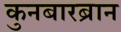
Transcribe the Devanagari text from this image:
कुनबारब्रान